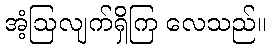
အံ့ဩလျက်ရှိကြ လေသည်။